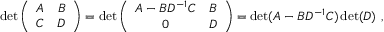
\operatorname * { d e t } \left( \begin{array} { c c } { { A } } & { { B } } \\ { { C } } & { { D } } \end{array} \right) = \operatorname * { d e t } \left( \begin{array} { c c } { { A - B D ^ { - 1 } C } } & { { B } } \\ { { 0 } } & { { D } } \end{array} \right) = \operatorname * { d e t } ( A - B D ^ { - 1 } C ) \operatorname * { d e t } ( D ) \ ,